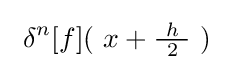
\ \delta ^{n}[f](\ x+{\tfrac {\ h\ }{2}}\ )~